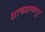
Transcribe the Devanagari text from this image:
शाकप्रस्थपुर